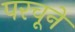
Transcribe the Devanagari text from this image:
परचूने